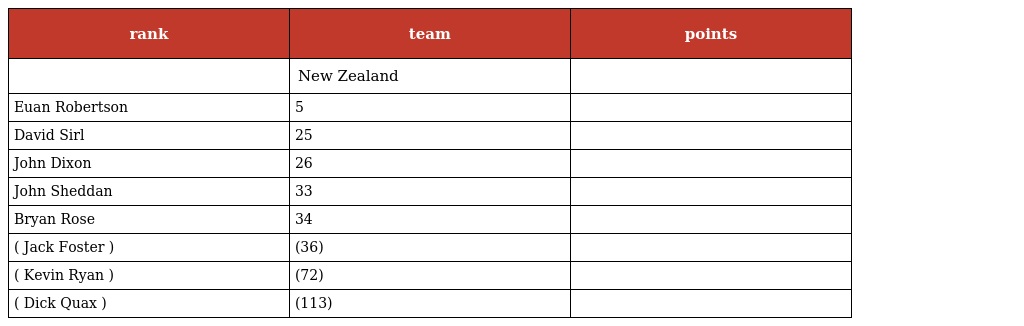
| rank | team | points |
 | --- | --- | --- |
 |  | New Zealand |  |
 | Euan Robertson | 5 |  |
 | David Sirl | 25 |  |
 | John Dixon | 26 |  |
 | John Sheddan | 33 |  |
 | Bryan Rose | 34 |  |
 | ( Jack Foster ) | (36) |  |
 | ( Kevin Ryan ) | (72) |  |
 | ( Dick Quax ) | (113) |  |